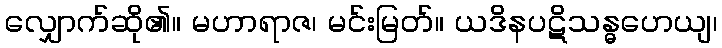
လျှောက်ဆို၏။ မဟာရာဇ၊ မင်းမြတ်။ ယဒိနပဋိသန္ဓဟေယျ၊